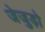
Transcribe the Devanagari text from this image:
जेजुड़ो